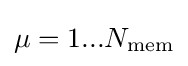
\mu =1...N_{\text{mem}}